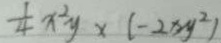
\frac { 1 } { 4 } x ^ { 2 } y \times ( - 2 x y ^ { 2 } )